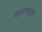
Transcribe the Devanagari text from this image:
दालनांतून